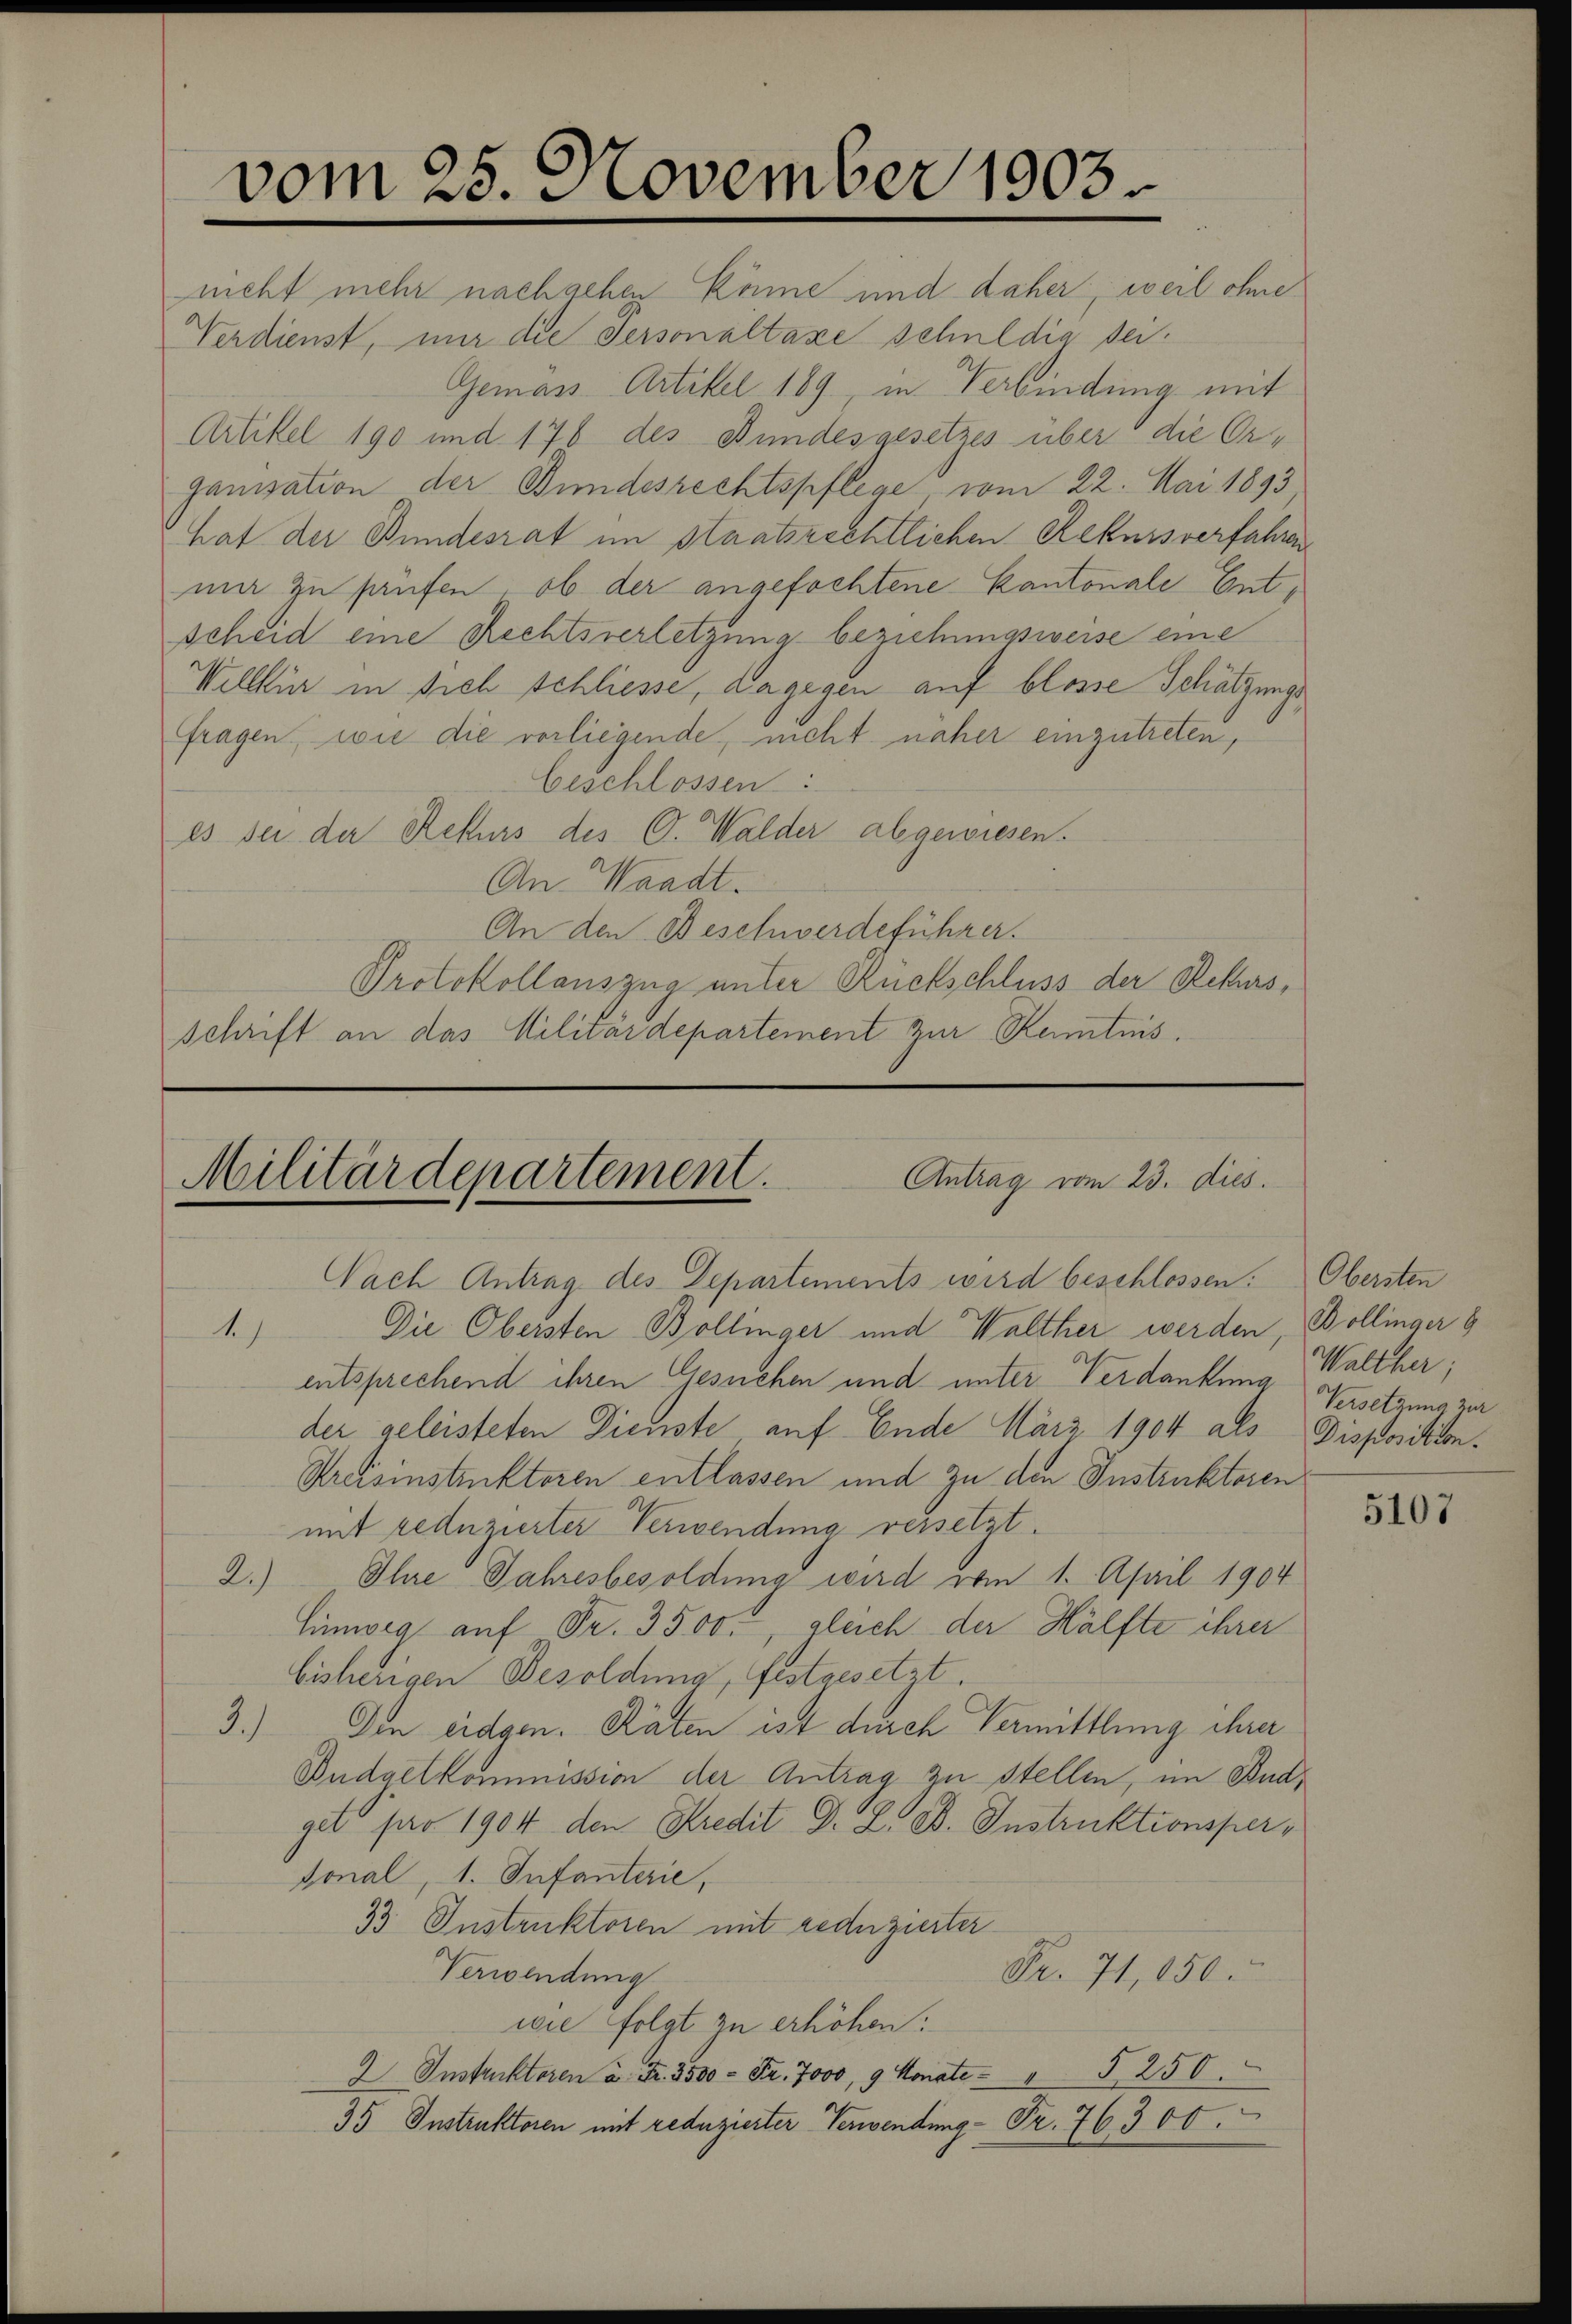
vom 25. November 1903.

nicht mehr nachsehen könne und daher, weil ohne
Verdienst, nur die Personaltaxe schuldig sei.
Gemäss Artikel 189, in Verbindung mit
Artikel 190 und 176 des Bundesgesetzes über die Organisation der Bundesrechtspflege, vom 22. Mai 1893
hat der Bundesrat im staatsrechtlichen Rekursverfahren
ma zu säufen, ob der angefochtene Kantonale Entscheid eine Rechtsverletzung beziehungsweise eine
Willkür in sich schliesse, dagegen auf blosse Schätzungs
fragen, wie die vorliegende, nicht naher einzutreten,
beschlossen:
es sei der Rekurs des C. Walder abgewiesen.
An Waadt.
An den Beschwerdeführer.
Protokollauszug unter Rückschluss der Rekurs,
schrift an das Militärdepartement zur Kenntnis.

Militärdepartement.
Antrag vom 23. dies

Nach Antrag des Departements wird beschlossen: Obersten
Die Obersten Bollinger und Walther werden, Bollinger g
4
entsprechend ihren Gesuchen und unter Verdankung Walther;
der geleisteten Dienste auf Ende März 1904 als Disposition¬
Kreisinstruktoren entlassen und zu den Instruktoren
mit reduzierter Verwendung versetzt.
2.) Ihre Jahresbesoldung wird vom 1. April 1904
Hinweg auf Fr. 3500., gleich der Hälfte ihrer
bisherigen Besoldung, festgesetzt.
3.) Den eidgen. Räten ist durch Vermittlung ihrer
Budgetkommission der Antrag zu stellen, im Budget pro 1904 den Kredit Dr. L. B. Instruktionsper¬
Vonal, 1. Infanterie,
33. Instruktoren mit reduzierter
Verwendung
Fr. 71, 150.
wie folgt zu erhöhen.
2 Instruktoren u. Fr. 3500 - Fr. 7000, 9 Monate - " § 250.
35 Instruktoren mit reduzierter Verwendung - Fr. 76300.

Versetzung zur

5107